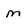
Character: m